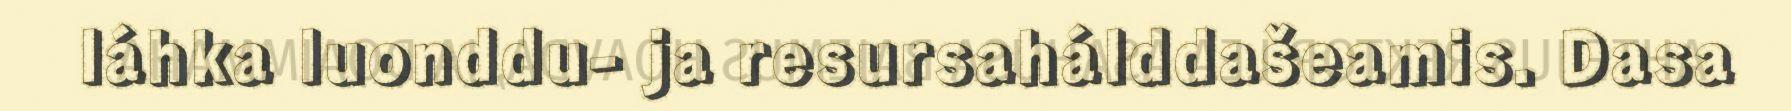
láhka luonddu- ja resursahálddašeamis. Dasa